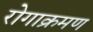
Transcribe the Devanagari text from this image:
रोगाक्रमण